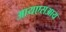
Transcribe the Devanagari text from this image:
आयएसआय